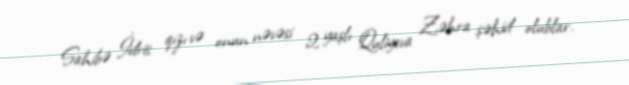
Sahibə İdris qızı və onun nəvəsi 2 yaşlı Quliyeva Zəhra şəhid olublar.